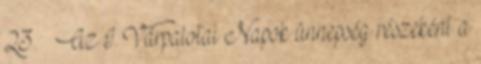
23. – Az I. Várpalotai Napok ünnepség részeként a